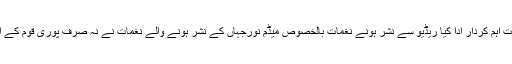
پاکستان پر جب بھی دشمن ملک نے جنگ مسلط کی ریڈیو نے اس وقت بہت اہم کردار ادا کیا ریڈیو سے نشر ہونے نغمات بالخصوص میڈم نورجہاں کے نشر ہونے والے نغمات نے نہ صرف پوری قوم کے اندر ایک ولولہ پیدا کردیا بلکہ افواجِ پاکستان کے حوصلوں کو بھی بلند کیا۔